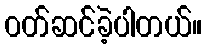
ဝတ်ဆင်ခဲ့ပါတယ်။